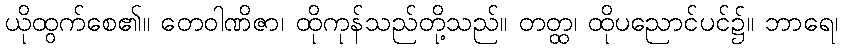
ယိုထွက်စေ၏။ တေဝါဏိဇာ၊ ထိုကုန်သည်တို့သည်။ တတ္ထ၊ ထိုပညောင်ပင်၌။ ဘာရေ၊